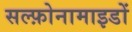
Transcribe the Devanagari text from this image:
सल्फ़ोनामाइडों